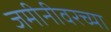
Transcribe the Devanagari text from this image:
जमीनीवरच्या